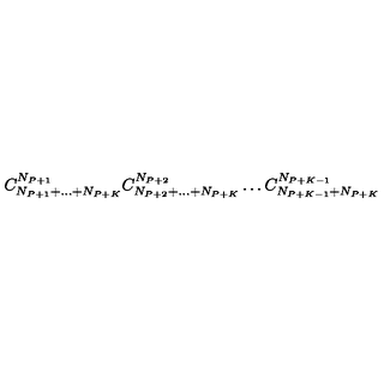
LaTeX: C _ { N _ { P + 1 } + \dots + N _ { P + K } } ^ { N _ { P + 1 } } C _ { N _ { P + 2 } + \dots + N _ { P + K } } ^ { N _ { P + 2 } } \dots C _ { N _ { P + K - 1 } + N _ { P + K } } ^ { N _ { P + K - 1 } }